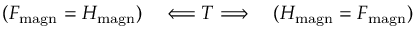
( F _ { \mathrm { m a g n } } = H _ { \mathrm { m a g n } } ) \quad \Longleftarrow T \Longrightarrow \quad ( H _ { \mathrm { m a g n } } = F _ { \mathrm { m a g n } } )